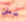
ضعفي